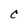
Character: C